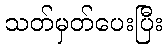
သတ်မှတ်ပေးပြီး